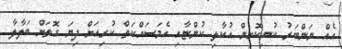
އެއް ނަންބަރު ކުނިކޮށިން އުކާލި ކުންޏާއި އެމަސައްކަތް ކުރިއަށް ދިޔަ ގޮތަށް ބަލާލާ